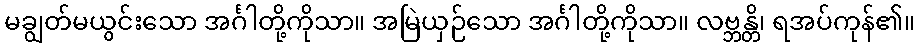
မချွတ်မယွင်းသော အင်္ဂါတို့ကိုသာ။ အမြဲယှဉ်သော အင်္ဂါတို့ကိုသာ။ လဗ္ဘန္တိ၊ ရအပ်ကုန်၏။